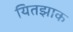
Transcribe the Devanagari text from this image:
यितझाक